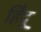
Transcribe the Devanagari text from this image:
हि॓दू